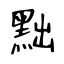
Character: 黜